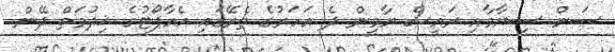
ސަން ސިޔާމާއި ރައީސް ޔާމީން ދެ އަހަރުގެ ތެރޭގައި އެއާޕޯޓުގެ ޚިދުމަތް ދޭން